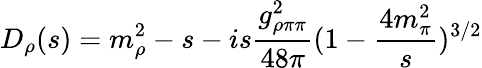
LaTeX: D_{\rho}(s)=m_{\rho}^{2}-s-is\frac{g_{\rho\pi\pi}^{2}}{48\pi}(1-\frac{4m_{\pi}^{2}}{s})^{3/2}